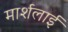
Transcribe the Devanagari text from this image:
मार्शलाई